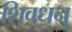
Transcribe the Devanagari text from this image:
शिवधनु